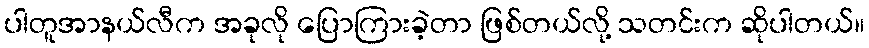
ပါတူအာနယ်လီက အခုလို ပြောကြားခဲ့တာ ဖြစ်တယ်လို့ သတင်းက ဆိုပါတယ်။